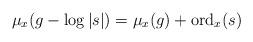
LaTeX: \begin{align*}\mu_x(g-\log|s|)=\mu_x(g)+\mathrm{ord}_x(s)\end{align*}